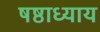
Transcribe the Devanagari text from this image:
षष्ठाध्याय